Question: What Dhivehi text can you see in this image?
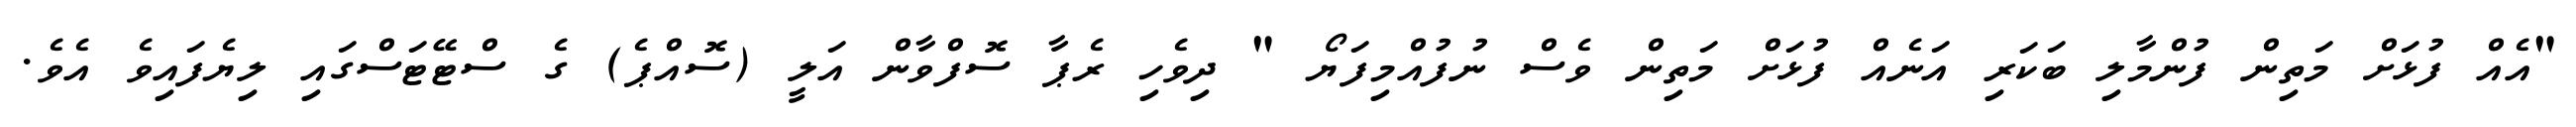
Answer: "އެއް ފުޅަށް މަތިން ފުންމާލި ބަކަރި އަނެއް ފުޅަށް މަތިން ވެސް ނުފުއްމިފަޔޯ " ދިވެހި ރެޕާ ސޮފްވާން އަލީ (ސޮއްޕެ) ގެ ސްޓޭޓަސްގައި ލިޔެފައިވެ އެވެ.